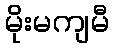
မိုးမကျမီ